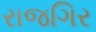
રાજગિર